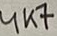
Text: 4K7